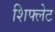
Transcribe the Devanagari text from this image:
शिफ्लेट